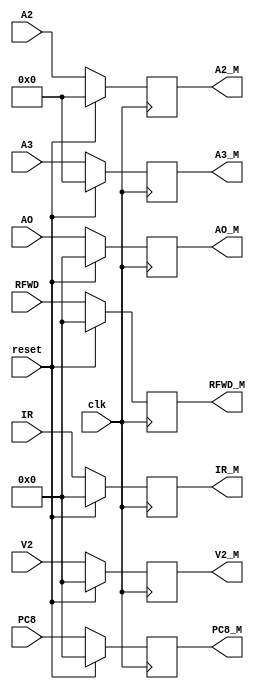
`timescale 1ns / 1ps
//////////////////////////////////////////////////////////////////////////////////
// Company: 
// Engineer: 
// 
// Design Name: 
// Module Name:    reg_EX_DM 
// Project Name: 
// Target Devices: 
// Tool versions: 
// Description: 
//
// Dependencies: 
//
// Revision: 
// Revision 0.01 - File Created
// Additional Comments: 
//
//////////////////////////////////////////////////////////////////////////////////
module Mreg_EX_DM(
    input [31:0] IR,
    input [31:0] PC8,
    input [31:0] AO,
    input [4:0] A2,
    input [31:0] V2,
    input [4:0] A3,
	 input [31:0]RFWD,
    input clk,
	 input reset,
	 output reg [31:0] IR_M,
    output reg [31:0] PC8_M,
    output reg [31:0] AO_M,
    output reg [4:0] A2_M,
    output reg [31:0] V2_M,
    output reg [4:0] A3_M,
	 output reg [31:0] RFWD_M
    );
	 initial begin
			IR_M<=0;
			PC8_M<=0;
			AO_M<=0;
			A2_M<=0;
			V2_M<=0;
			A3_M<=0;
			RFWD_M<=0;
	 end
	always @(posedge clk)begin
		if (reset) begin
			IR_M<=0;
			PC8_M<=0;
			AO_M<=0;
			A2_M<=0;
			V2_M<=0;
			A3_M<=0;
			RFWD_M<=0;
		end
		else begin
			IR_M<=IR;
			PC8_M<=PC8;
			AO_M<=AO;
			A2_M<=A2;
			V2_M<=V2;
			A3_M<=A3;
			RFWD_M<=RFWD;
		end
	end

endmodule